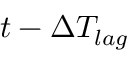
t - \Delta T _ { l a g }